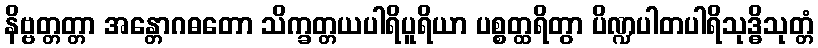
နိဗ္ဗတ္တတ္တာ အန္တောဂဓတော သိက္ခတ္တယပါရိပူရိယာ ပစ္စတ္ထရိတွာ ပိဏ္ဍပါတပါရိသုဒ္ဓိသုတ္တံ